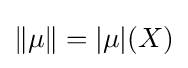
\Vert \mu \Vert =|\mu |(X)